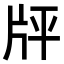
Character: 𤖳